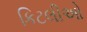
કિટલીઓ